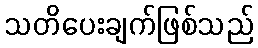
သတိပေးချက်ဖြစ်သည်